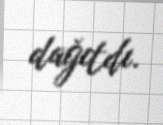
dağıtdı.